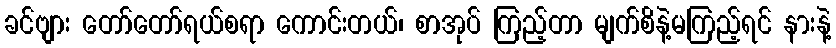
ခင်ဗျား တော်တော်ရယ်စရာ ကောင်းတယ်၊ စာအုပ် ကြည့်တာ မျက်စိနဲ့မကြည့်ရင် နားနဲ့